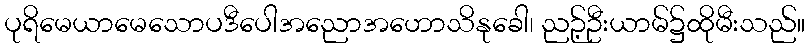
ပုရိမေယာမေသောပဒီပေါအညောအဟောသိနုခေါ၊ ညဉ့်ဦးယာမ်၌ထိုမီးသည်။